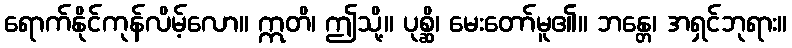
ရောက်နိုင်ကုန်လိမ့်လော။ ဣတိ၊ ဤသို့။ ပုစ္ဆိ၊ မေးတော်မူ၏။ ဘန္တေ၊ အရှင်ဘုရား။